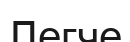
Легче